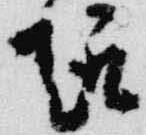
趣